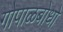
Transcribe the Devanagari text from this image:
गोपाळबोधो